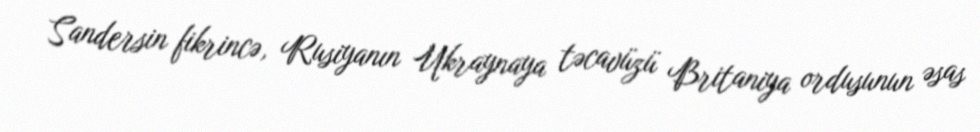
Sandersin fikrincə, Rusiyanın Ukraynaya təcavüzü Britaniya ordusunun əsas